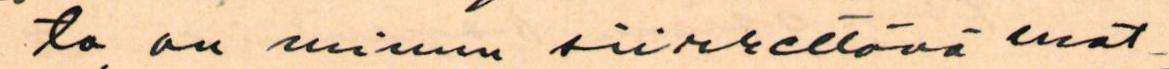
ta, on minun siirrettävä mat-